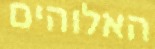
האלוהים